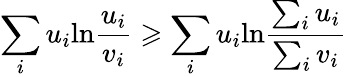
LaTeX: \sum_{i}u_{i}\mathrm{ln}\frac{u_{i}}{v_{i}}\geqslant\sum_{i}u_{i}\mathrm{ln}\frac{\sum_{i}u_{i}}{\sum_{i}v_{i}}